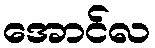
အောင်လ